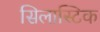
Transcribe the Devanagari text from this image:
सिलास्टिक